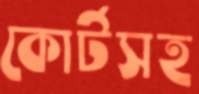
কোর্টসহ